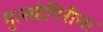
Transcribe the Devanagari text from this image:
मुत्सद्देगिरीचा